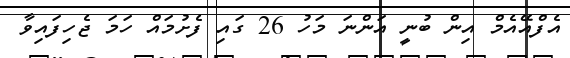
އެފްއޭއެމް އިން ބުނީ އަންނަ މަހު 26 ގައި ފެށުމައް ހަމަ ޖެހިފައިވާ